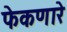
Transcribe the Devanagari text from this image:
फेकणारे